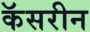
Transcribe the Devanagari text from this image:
कॅसरीन